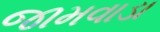
જામવાડા